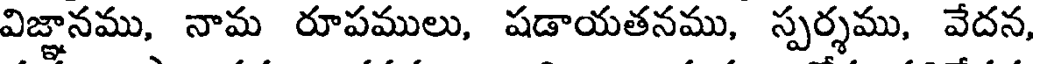
విజ్ఞానము, నామ రూపములు, షడాయతనము, స్పర్శము, వేదన,